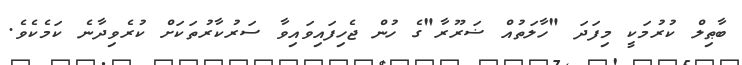
ބާޠިލް ކުރުމަކީ މިފަދަ "ހާލަތުއް ޟަރޫރާ"ގެ ހުން ޖެހިފައިވައިވާ ސަރުކާރުތަކަށް ކުރެވިދާނެ ކަމެކެވެ.